Subject: math
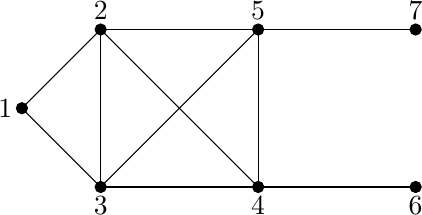
LaTeX code:
\begin{tikzpicture}

\filldraw[black] (0,0) circle (2pt)node[anchor=east]{$1$};
\filldraw[black] (1,1) circle (2pt)node[anchor=south]{$2$};
\filldraw[black] (1,-1) circle (2pt)node[anchor=north]{$3$};
\filldraw[black] (3,1) circle (2pt)node[anchor=south]{$5$};
\filldraw[black] (3,-1) circle (2pt)node[anchor=north]{$4$};
\filldraw[black] (5,1) circle (2pt)node[anchor=south]{$7$};
\filldraw[black] (5,-1) circle (2pt)node[anchor=north]{$6$};

\draw[black] (0,0) -- (1,1);
\draw[black] (0,0) -- (1,-1);
\draw[black] (1,1) -- (1,-1);
\draw[black] (1,1) -- (3,1);
\draw[black] (1,1) -- (3,-1);
\draw[black] (1,-1) -- (3,1);
\draw[black] (1,-1) -- (3,-1);
\draw[black] (3,1) -- (3,-1);
\draw[black] (3,1) -- (5,1);
\draw[black] (3,-1) -- (5,-1);

\end{tikzpicture}